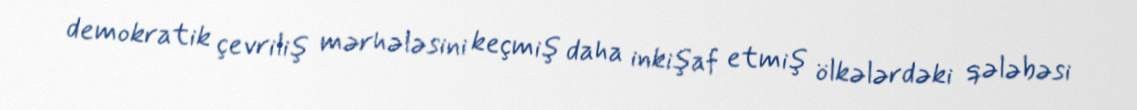
demokratik çevriliş mərhələsini keçmiş daha inkişaf etmiş ölkələrdəki qələbəsi